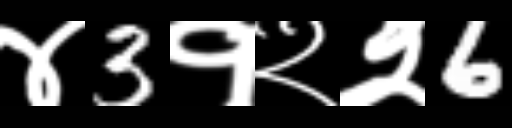
Text: ४3१२२6